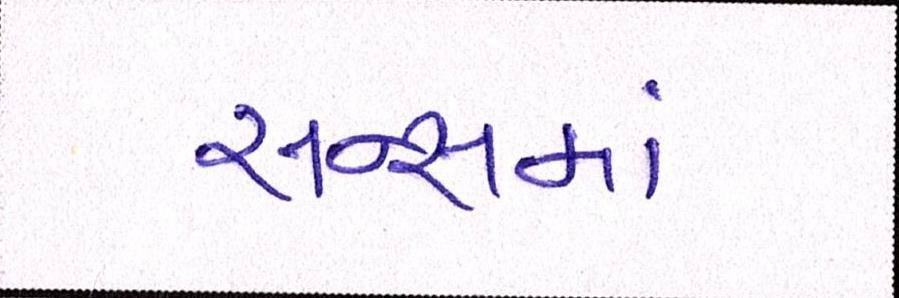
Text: સન્સમાં